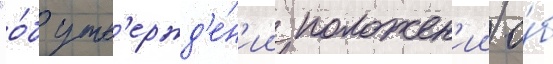
"о́б утв'ержд'е́н'ии положен'ии о́б